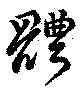
體